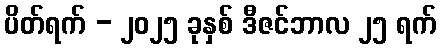
ပိတ်ရက် - ၂၀၂၅ ခုနှစ် ဒီဇင်ဘာလ ၂၅ ရက်